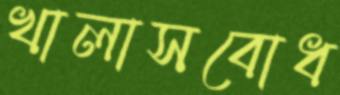
খালাসবোধ